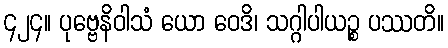
၄၂၄။ ပုဗ္ဗေနိဝါသံ ယော ဝေဒိ၊ သဂ္ဂါပါယဉ္စ ပဿတိ။